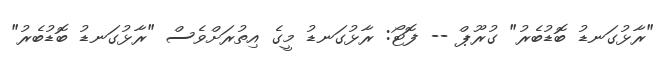
"ރާޅުގަނޑު ބޮޑުބެރު" ގުރޫޕް -- ފޮޓޯ: ރާޅުގަނޑު މީގެ އިތުރަށްވެސް "ރާޅުގަނޑު ބޮޑުބެރު"